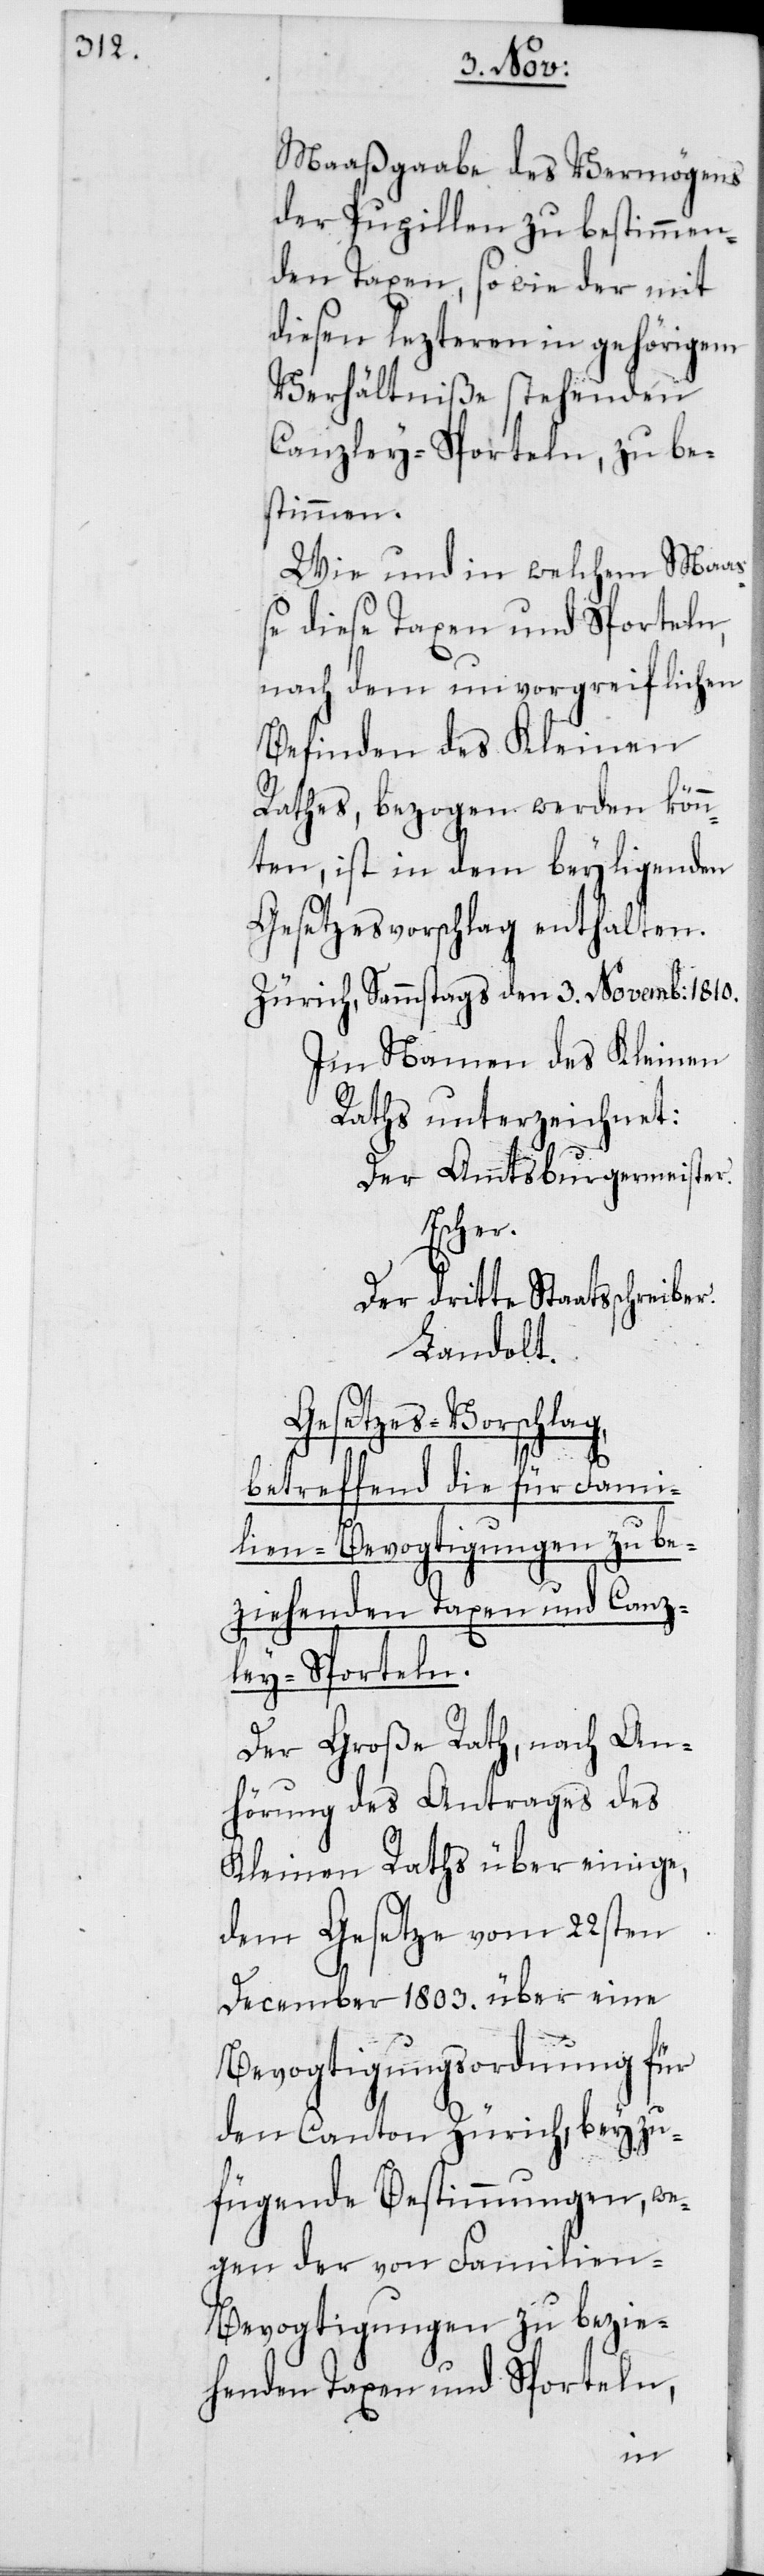
Maaßgaabe des Vermögens
der Pupillen zu bestimmen¬
den Taxen, so wie der mit
diesen lezteren in gehörigem
Verhältniße stehenden
Canzley-Sporteln, zu be¬
stimmen.
Wie und in welchem Maa¬
ße diese Taxen und Sporteln,
nach dem unvorgreiflichen
Befinden des Kleinen
Rathes, bezogen werden könn¬
ten, ist in dem beyligenden
Gesetzesvorschlag enthalten.
Zürich, Sammstags den 3. Novemb: 1810.
Im Namen des Kleinen
Raths unterzeichnet:
Der Amtsburgermeister.
Escher.
Der dritte Staatsschreiber.
Landolt.
Gesetzes-Vorschlag,
betreffend die für Fami¬
lien-Bevogtigungen zu be¬
ziehenden Taxen und Canz¬
ley-Sporteln.
Der Große Rath, nach An¬
hörung des Antrages des
Kleinen Raths über einige,
dem Gesetze vom 22sten
December 1803. über eine
Bevogtigungsordnung für
den Canton Zürich, beyzu¬
fügende Bestimmungen, we¬
gen der von Familie¬
n-Bevogtigungen zu bezie¬
henden Taxen und Sporteln,